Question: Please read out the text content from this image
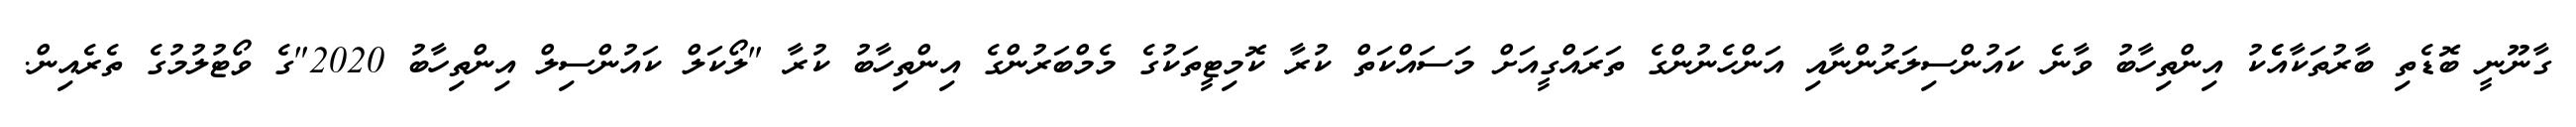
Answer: ގާނޫނީ ބޮޑެތި ބާރުތަކާއެެކު އިންތިހާބު ވާނެ ކައުންސިލަރުންނާއި އަންހެނުންގެ ތަރައްގީއަށް މަސައްކަތް ކުރާ ކޮމިޓީތަކުގެ މެމްބަރުންގެ އިންތިހާބު ކުރާ "ލޯކަލް ކައުންސިލް އިންތިހާބު 2020"ގެ ވޯޓުލުމުގެ ތެރެއިން.